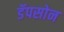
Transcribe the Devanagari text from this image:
डॅपसोन